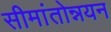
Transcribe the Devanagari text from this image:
सीमांतोन्नयन